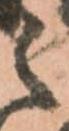
之